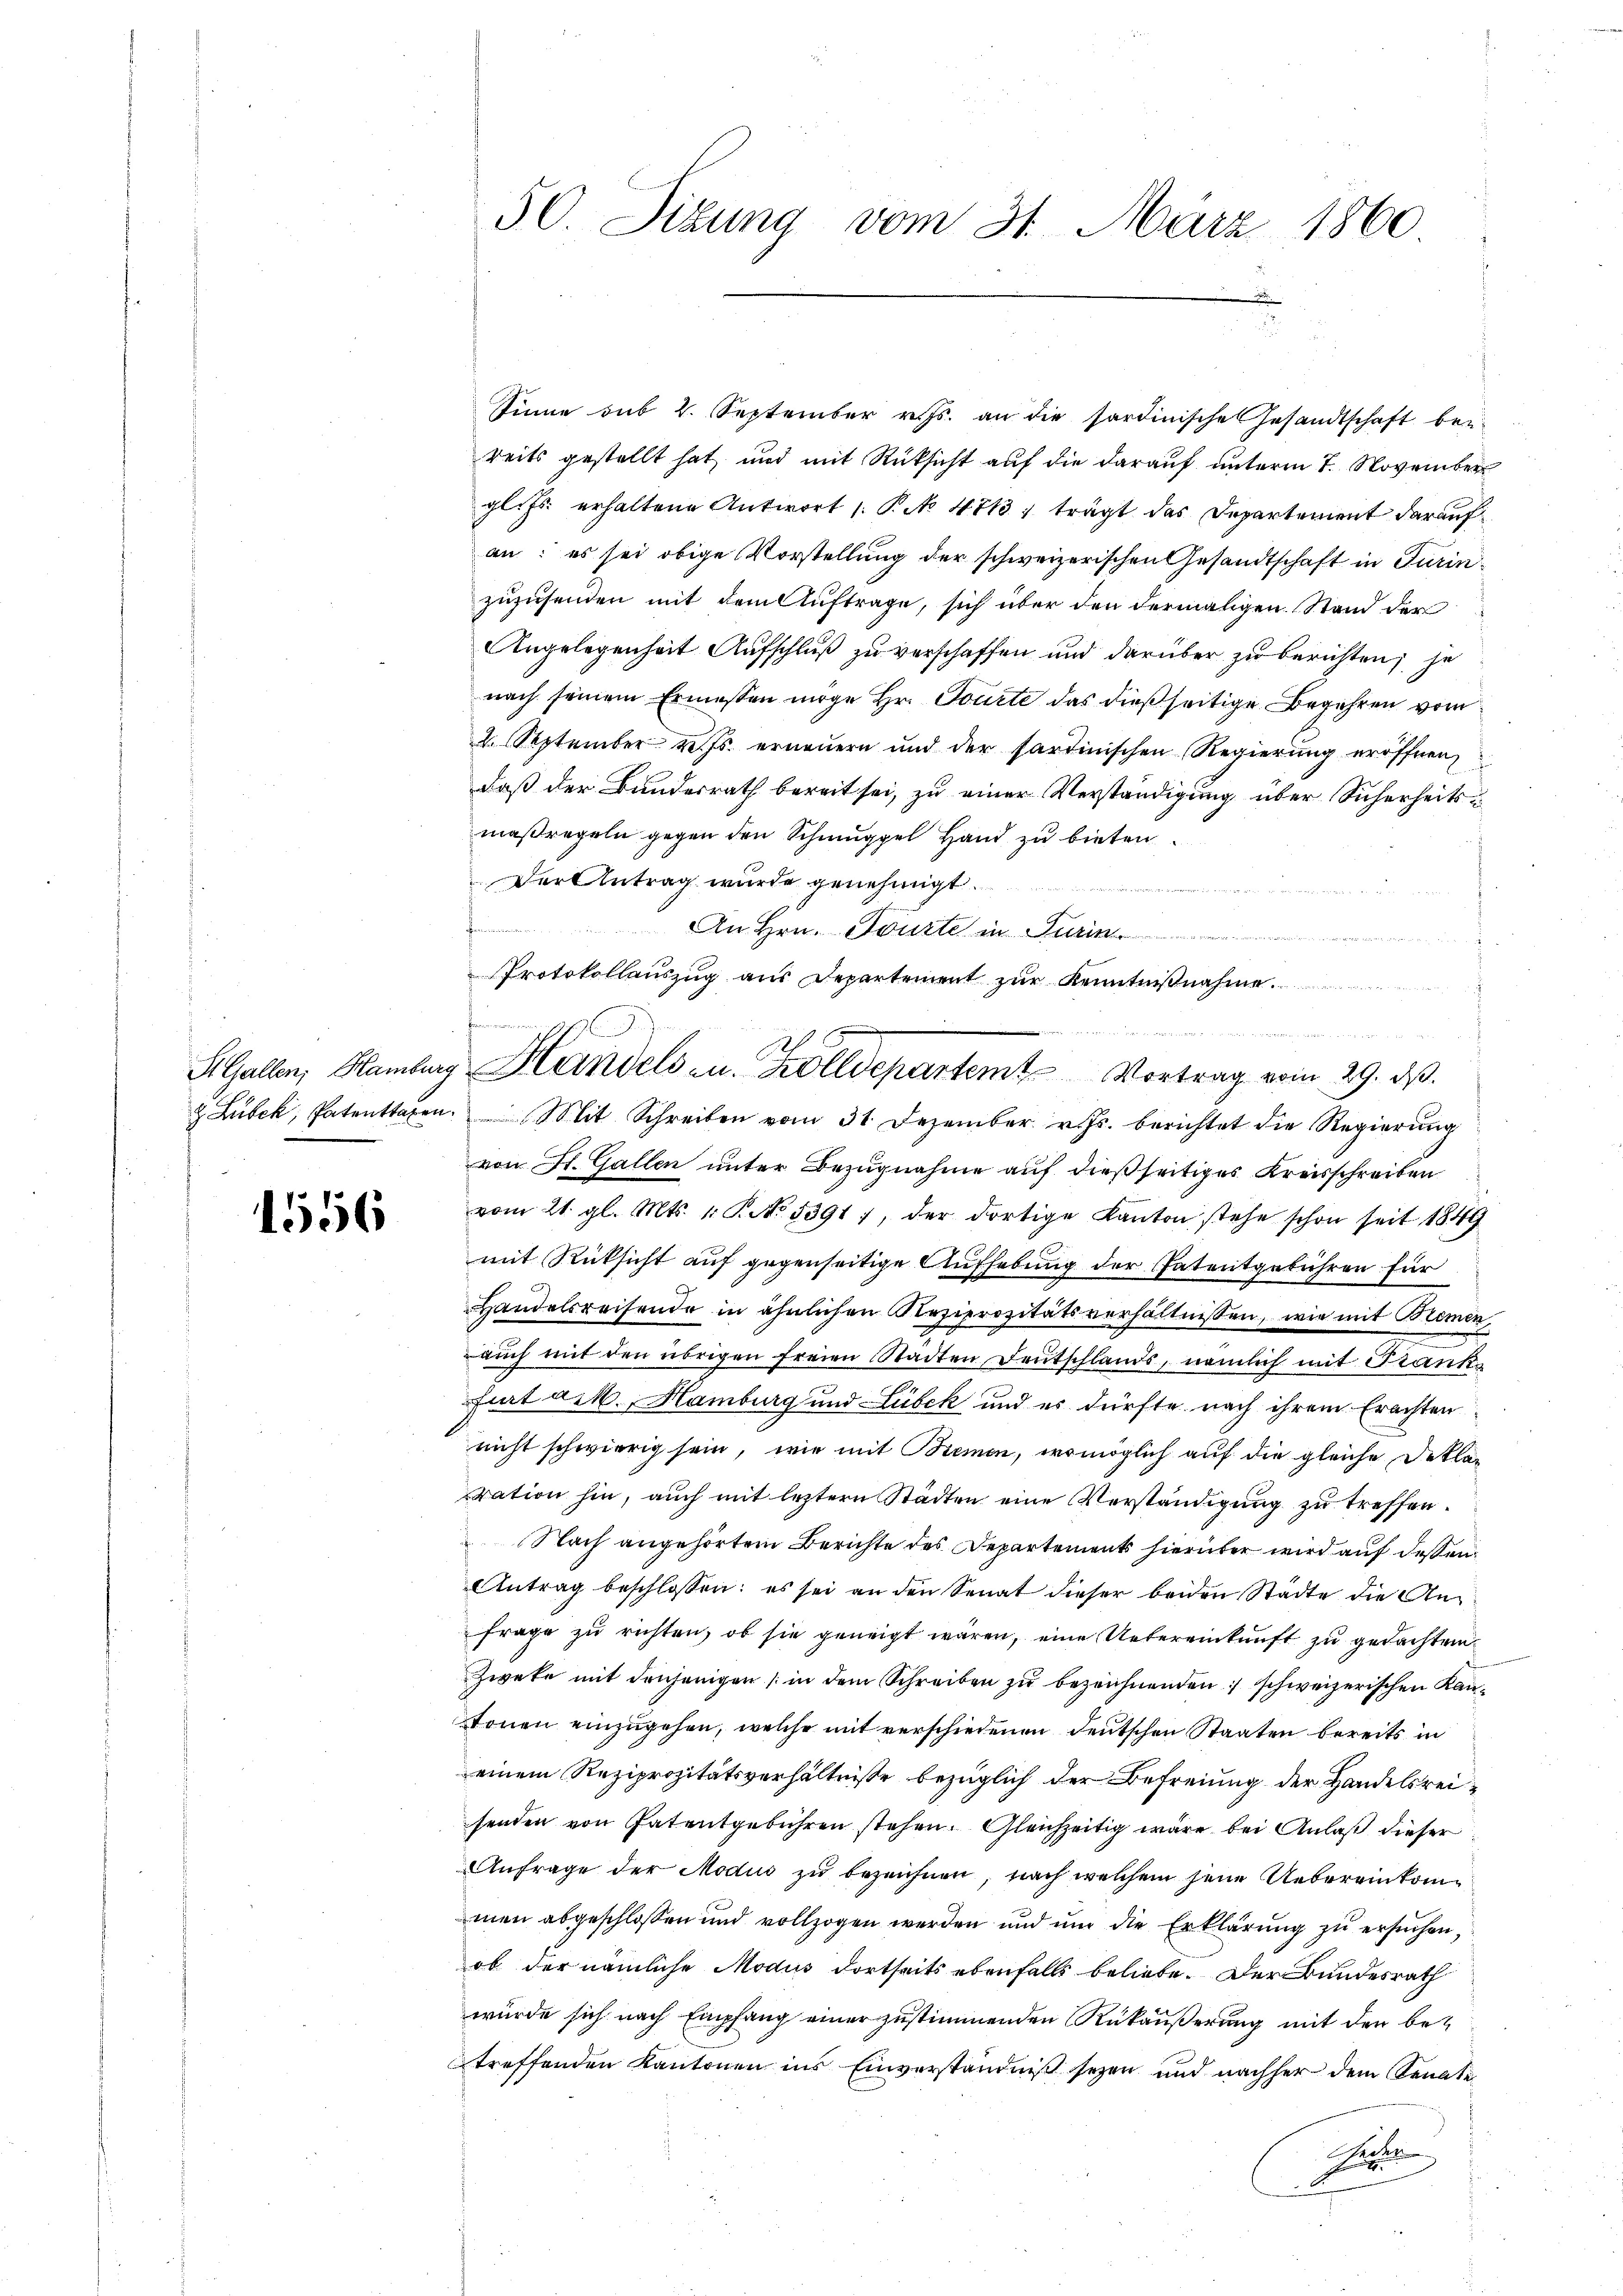
1556

50. Sizung vom 31. März 1860

St. Gallen, Hamburg Handels- u. Zolldepartem Vortrag vom 29. ds.

Sinne sub 2. September v. Js. an die sardinische Gesandtschaft bei-
reits gestellt hat und mit Rücksicht auf die darauf unterm 7. November
gl. Js. erhaltene Antwort /: P. No 4713: trägt das Departement darauf
an: es sei obige Vorstellung der schweizerischen Gesandtschaft in Turinzuzusenden mit dem Auftrage, sich über den dermaligen Stand der
Angelegenheit Aufschluß zu verschaffen und darüber zu berichten; je
nach seinem Ermessen möge Hr. Tourte das dießseitige Begehren vom
4. September v. Js. erneuern und der Partinischen Regierung eröffnen,
daß der Bundesrath bereit sei, zu einer Verständigung über Sicherheitsmaßregeln gegen den Schmuppel Hand zu bieten.
Der Antrag wurde genehmigt.
 g ge
An Hrn. Toute in der
Protokollauszug aus Departement zur Kenntnißnahme
 Lubek, Patentragen. Mit Schreiben vom 31. Dezember v. Js. berichtet die Regierŭng
von St. Gallen unter Bezugnahme auf dießseitiges Kreisschreiben
vom 21. gl. Mts. 1. P. No. 5391, der dortige Kanton stehe schon seit 1849
mit Rücksicht auf gegenseitige Aufhebung der Patentgebühren für
Handelsreisende in ähnlichen Reziprozitätsverhältnissen, wie mit Bremen,
auch mit den übrigen freien Stadten Deutschlands, nämlich mit Frankfurt a. M., Hamburg und Lubek und es dürfte nach ihrem Erachten
nicht schwierig sein, wie mit Remen, womöglich auf die gleiche Deklaration hin, auch mit leztern Städten eine Verständigung zu treffen.
Nach angehörtem Berichte des Departements hierüber wird auf dessen
Antrag beschlossen: es sei an den Senat dieser beiden Städte die An¬
Frage zu richten, ob sie geneigt wären, eine Uebereinkunft zu gedachten.
Zwete mit denjenigen (in dem Schreiben zu bezeichnenden schweizerischen Kantonen einzugehen, welche mit verschiedenen deutschen Staaten bereits in
einem Reziprozitätsverhältnisse bezüglich der Befreiung der Handelsreisenden von Patentgebühren stehen. Gleichzeitig wäre bei Anlaß dieser
Anfrage der Modus zu bezeichnen, nach welchem jene Uebereinkommen abgeschlossen und vollzogen werden und ŭm die Erklärŭng zŭ ersŭchen,
ob der nämliche Modus dortseits ebenfalls beliebe. Der Bundesrath
wurde sich nach Empfang einer zustimmenden Rükäußerung mit den betreffenden Kantonen ins Einverständniß seyen und nachher dem Senate
d
e
d